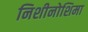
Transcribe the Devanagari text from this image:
निशीनोशिमा